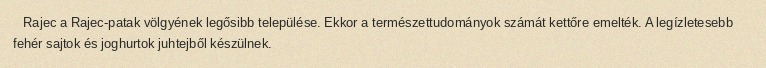
Rajec a Rajec-patak völgyének legősibb települése. Ekkor a természettudományok számát kettőre emelték. A legízletesebb fehér sajtok és joghurtok juhtejből készülnek.